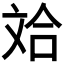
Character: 𪯤